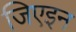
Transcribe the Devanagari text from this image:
जिएइन